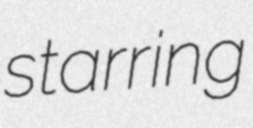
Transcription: starring